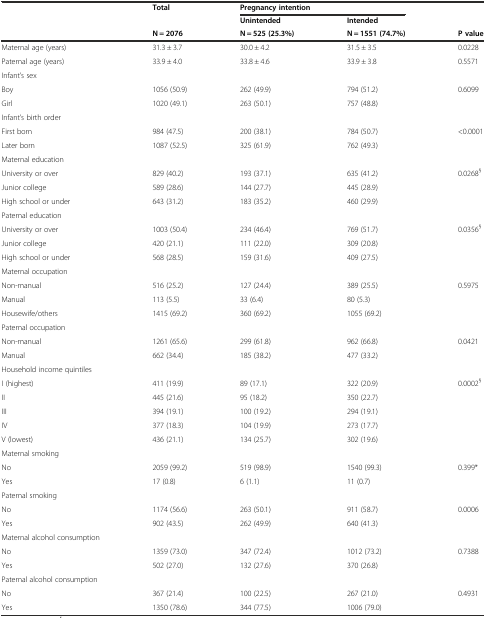
<table><thead><tr><td></td><td><b>Total</b></td><td colspan="2"><b>Pregnancy intention</b></td><td></td></tr><tr><td></td><td></td><td><b>Unintended</b></td><td><b>Intended</b></td><td></td></tr><tr><td></td><td><b>N = 2076</b></td><td><b>N = 525 (25.3%)</b></td><td><b>N = 1551 (74.7%)</b></td><td><b>P value</b></td></tr></thead><tbody><tr><td>Maternal age (years)</td><td>31.3 ± 3.7</td><td>30.0 ± 4.2</td><td>31.5 ± 3.5</td><td>0.0228</td></tr><tr><td>Paternal age (years)</td><td>33.9 ± 4.0</td><td>33.8 ± 4.6</td><td>33.9 ± 3.8</td><td>0.5571</td></tr><tr><td>Infant’s sex</td><td></td><td></td><td></td><td></td></tr><tr><td>Boy</td><td>1056 (50.9)</td><td>262 (49.9)</td><td>794 (51.2)</td><td>0.6099</td></tr><tr><td>Girl</td><td>1020 (49.1)</td><td>263 (50.1)</td><td>757 (48.8)</td><td></td></tr><tr><td>Infant’s birth order</td><td></td><td></td><td></td><td></td></tr><tr><td>First born</td><td>984 (47.5)</td><td>200 (38.1)</td><td>784 (50.7)</td><td>&lt;0.0001</td></tr><tr><td>Later born</td><td>1087 (52.5)</td><td>325 (61.9)</td><td>762 (49.3)</td><td></td></tr><tr><td>Maternal education</td><td></td><td></td><td></td><td></td></tr><tr><td>University or over</td><td>829 (40.2)</td><td>193 (37.1)</td><td>635 (41.2)</td><td>0.0268<sup>§</sup></td></tr><tr><td>Junior college</td><td>589 (28.6)</td><td>144 (27.7)</td><td>445 (28.9)</td><td></td></tr><tr><td>High school or under</td><td>643 (31.2)</td><td>183 (35.2)</td><td>460 (29.9)</td><td></td></tr><tr><td>Paternal education</td><td></td><td></td><td></td><td></td></tr><tr><td>University or over</td><td>1003 (50.4)</td><td>234 (46.4)</td><td>769 (51.7)</td><td>0.0356<sup>§</sup></td></tr><tr><td>Junior college</td><td>420 (21.1)</td><td>111 (22.0)</td><td>309 (20.8)</td><td></td></tr><tr><td>High school or under</td><td>568 (28.5)</td><td>159 (31.6)</td><td>409 (27.5)</td><td></td></tr><tr><td>Maternal occupation</td><td></td><td></td><td></td><td></td></tr><tr><td>Non-manual</td><td>516 (25.2)</td><td>127 (24.4)</td><td>389 (25.5)</td><td>0.5975</td></tr><tr><td>Manual</td><td>113 (5.5)</td><td>33 (6.4)</td><td>80 (5.3)</td><td></td></tr><tr><td>Housewife/others</td><td>1415 (69.2)</td><td>360 (69.2)</td><td>1055 (69.2)</td><td></td></tr><tr><td>Paternal occupation</td><td></td><td></td><td></td><td></td></tr><tr><td>Non-manual</td><td>1261 (65.6)</td><td>299 (61.8)</td><td>962 (66.8)</td><td>0.0421</td></tr><tr><td>Manual</td><td>662 (34.4)</td><td>185 (38.2)</td><td>477 (33.2)</td><td></td></tr><tr><td>Household income quintiles</td><td></td><td></td><td></td><td></td></tr><tr><td>I (highest)</td><td>411 (19.9)</td><td>89 (17.1)</td><td>322 (20.9)</td><td>0.0002<sup>§</sup></td></tr><tr><td>II</td><td>445 (21.6)</td><td>95 (18.2)</td><td>350 (22.7)</td><td></td></tr><tr><td>III</td><td>394 (19.1)</td><td>100 (19.2)</td><td>294 (19.1)</td><td></td></tr><tr><td>IV</td><td>377 (18.3)</td><td>104 (19.9)</td><td>273 (17.7)</td><td></td></tr><tr><td>V (lowest)</td><td>436 (21.1)</td><td>134 (25.7)</td><td>302 (19.6)</td><td></td></tr><tr><td>Maternal smoking</td><td></td><td></td><td></td><td></td></tr><tr><td>No</td><td>2059 (99.2)</td><td>519 (98.9)</td><td>1540 (99.3)</td><td>0.399*</td></tr><tr><td>Yes</td><td>17 (0.8)</td><td>6 (1.1)</td><td>11 (0.7)</td><td></td></tr><tr><td>Paternal smoking</td><td></td><td></td><td></td><td></td></tr><tr><td>No</td><td>1174 (56.6)</td><td>263 (50.1)</td><td>911 (58.7)</td><td>0.0006</td></tr><tr><td>Yes</td><td>902 (43.5)</td><td>262 (49.9)</td><td>640 (41.3)</td><td></td></tr><tr><td>Maternal alcohol consumption</td><td></td><td></td><td></td><td></td></tr><tr><td>No</td><td>1359 (73.0)</td><td>347 (72.4)</td><td>1012 (73.2)</td><td>0.7388</td></tr><tr><td>Yes</td><td>502 (27.0)</td><td>132 (27.6)</td><td>370 (26.8)</td><td></td></tr><tr><td>Paternal alcohol consumption</td><td></td><td></td><td></td><td></td></tr><tr><td>No</td><td>367 (21.4)</td><td>100 (22.5)</td><td>267 (21.0)</td><td>0.4931</td></tr><tr><td>Yes</td><td>1350 (78.6)</td><td>344 (77.5)</td><td>1006 (79.0)</td><td></td></tr></tbody></table>